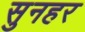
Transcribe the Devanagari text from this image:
सुनहर